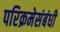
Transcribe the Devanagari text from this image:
परिक्रमेसंबंधी